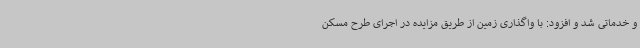
و خدماتی شد و افزود: با واگذاری زمین از طریق مزایده در اجرای طرح مسکن